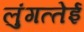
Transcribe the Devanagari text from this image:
लुंगत्‍तेई